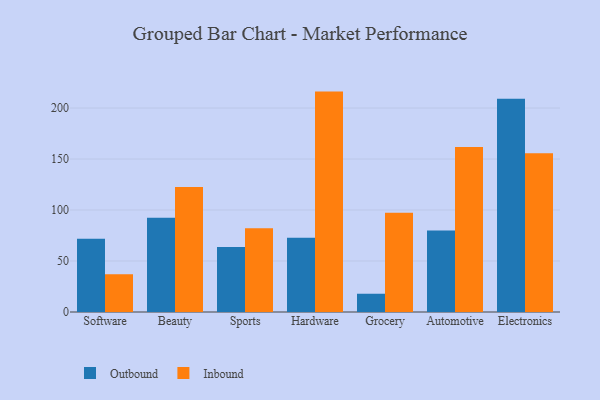
{"axis": {"x": "Category", "y": "Page Views"}, "legend": ["Inbound", "Outbound"], "data": [{"x": "Software", "y": 71.8, "type": "Outbound"}, {"x": "Software", "y": 36.9, "type": "Inbound"}, {"x": "Beauty", "y": 92.3, "type": "Outbound"}, {"x": "Beauty", "y": 122.5, "type": "Inbound"}, {"x": "Sports", "y": 63.8, "type": "Outbound"}, {"x": "Sports", "y": 82.0, "type": "Inbound"}, {"x": "Hardware", "y": 72.9, "type": "Outbound"}, {"x": "Hardware", "y": 216.1, "type": "Inbound"}, {"x": "Grocery", "y": 17.9, "type": "Outbound"}, {"x": "Grocery", "y": 97.4, "type": "Inbound"}, {"x": "Automotive", "y": 80.0, "type": "Outbound"}, {"x": "Automotive", "y": 161.7, "type": "Inbound"}, {"x": "Electronics", "y": 209.2, "type": "Outbound"}, {"x": "Electronics", "y": 155.6, "type": "Inbound"}]}